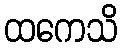
ထကေသိ